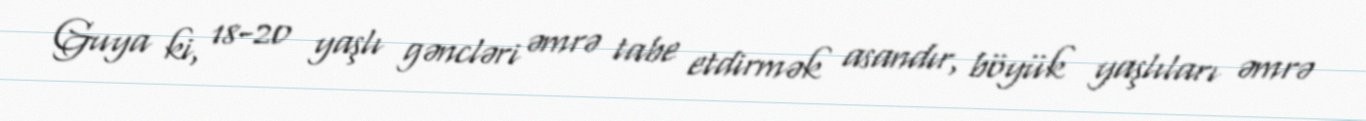
Guya ki, 18-20 yaşlı gəncləri əmrə tabe etdirmək asandır, böyük yaşlıları əmrə